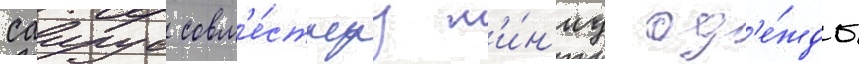
саирус совм'е́стнуу л'и́н'иу од'е́жды